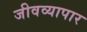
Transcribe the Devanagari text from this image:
जीवव्यापार